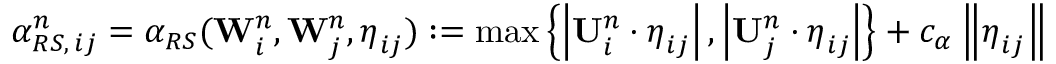
\alpha _ { R S , \, i j } ^ { n } = \alpha _ { R S } ( \mathbf { W } _ { i } ^ { n } , \mathbf { W } _ { j } ^ { n } , \boldsymbol { \eta } _ { i j } ) : = \operatorname* { m a x } \left\lbrace \left| \mathbf { U } _ { i } ^ { n } \cdot \boldsymbol { \eta } _ { i j } \right| , \left| \mathbf { U } _ { j } ^ { n } \cdot \boldsymbol { \eta } _ { i j } \right| \right\rbrace + c _ { \alpha } \left\| \boldsymbol { \eta } _ { i j } \right\|